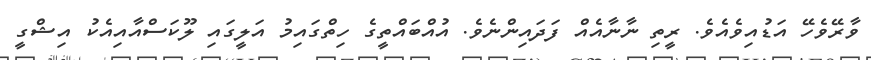
ވާރޭވެހޭ އަޑުއިވެއެވެ. ރީތި ނާނާއެއް ފަދައިންނެވެ. އުއްބައްތީގެ ހިތްގައިމު އަލީގައި ލޫކަސްއާއިއެކު އިޝްގީ